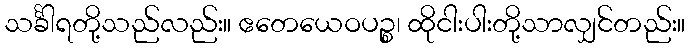
သင်္ခါရတို့သည်လည်း။ ဧတေယေဝပဉ္စ၊ ထိုငါးပါးတို့သာလျှင်တည်း။